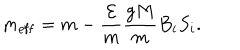
LaTeX: m _ { \mathrm { e f f } } = m - \frac { { \cal E } } { m } \frac { g M } { m } B _ { i } S _ { i } .